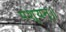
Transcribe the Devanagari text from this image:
पश्यन्॥